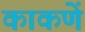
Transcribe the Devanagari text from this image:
काकणें